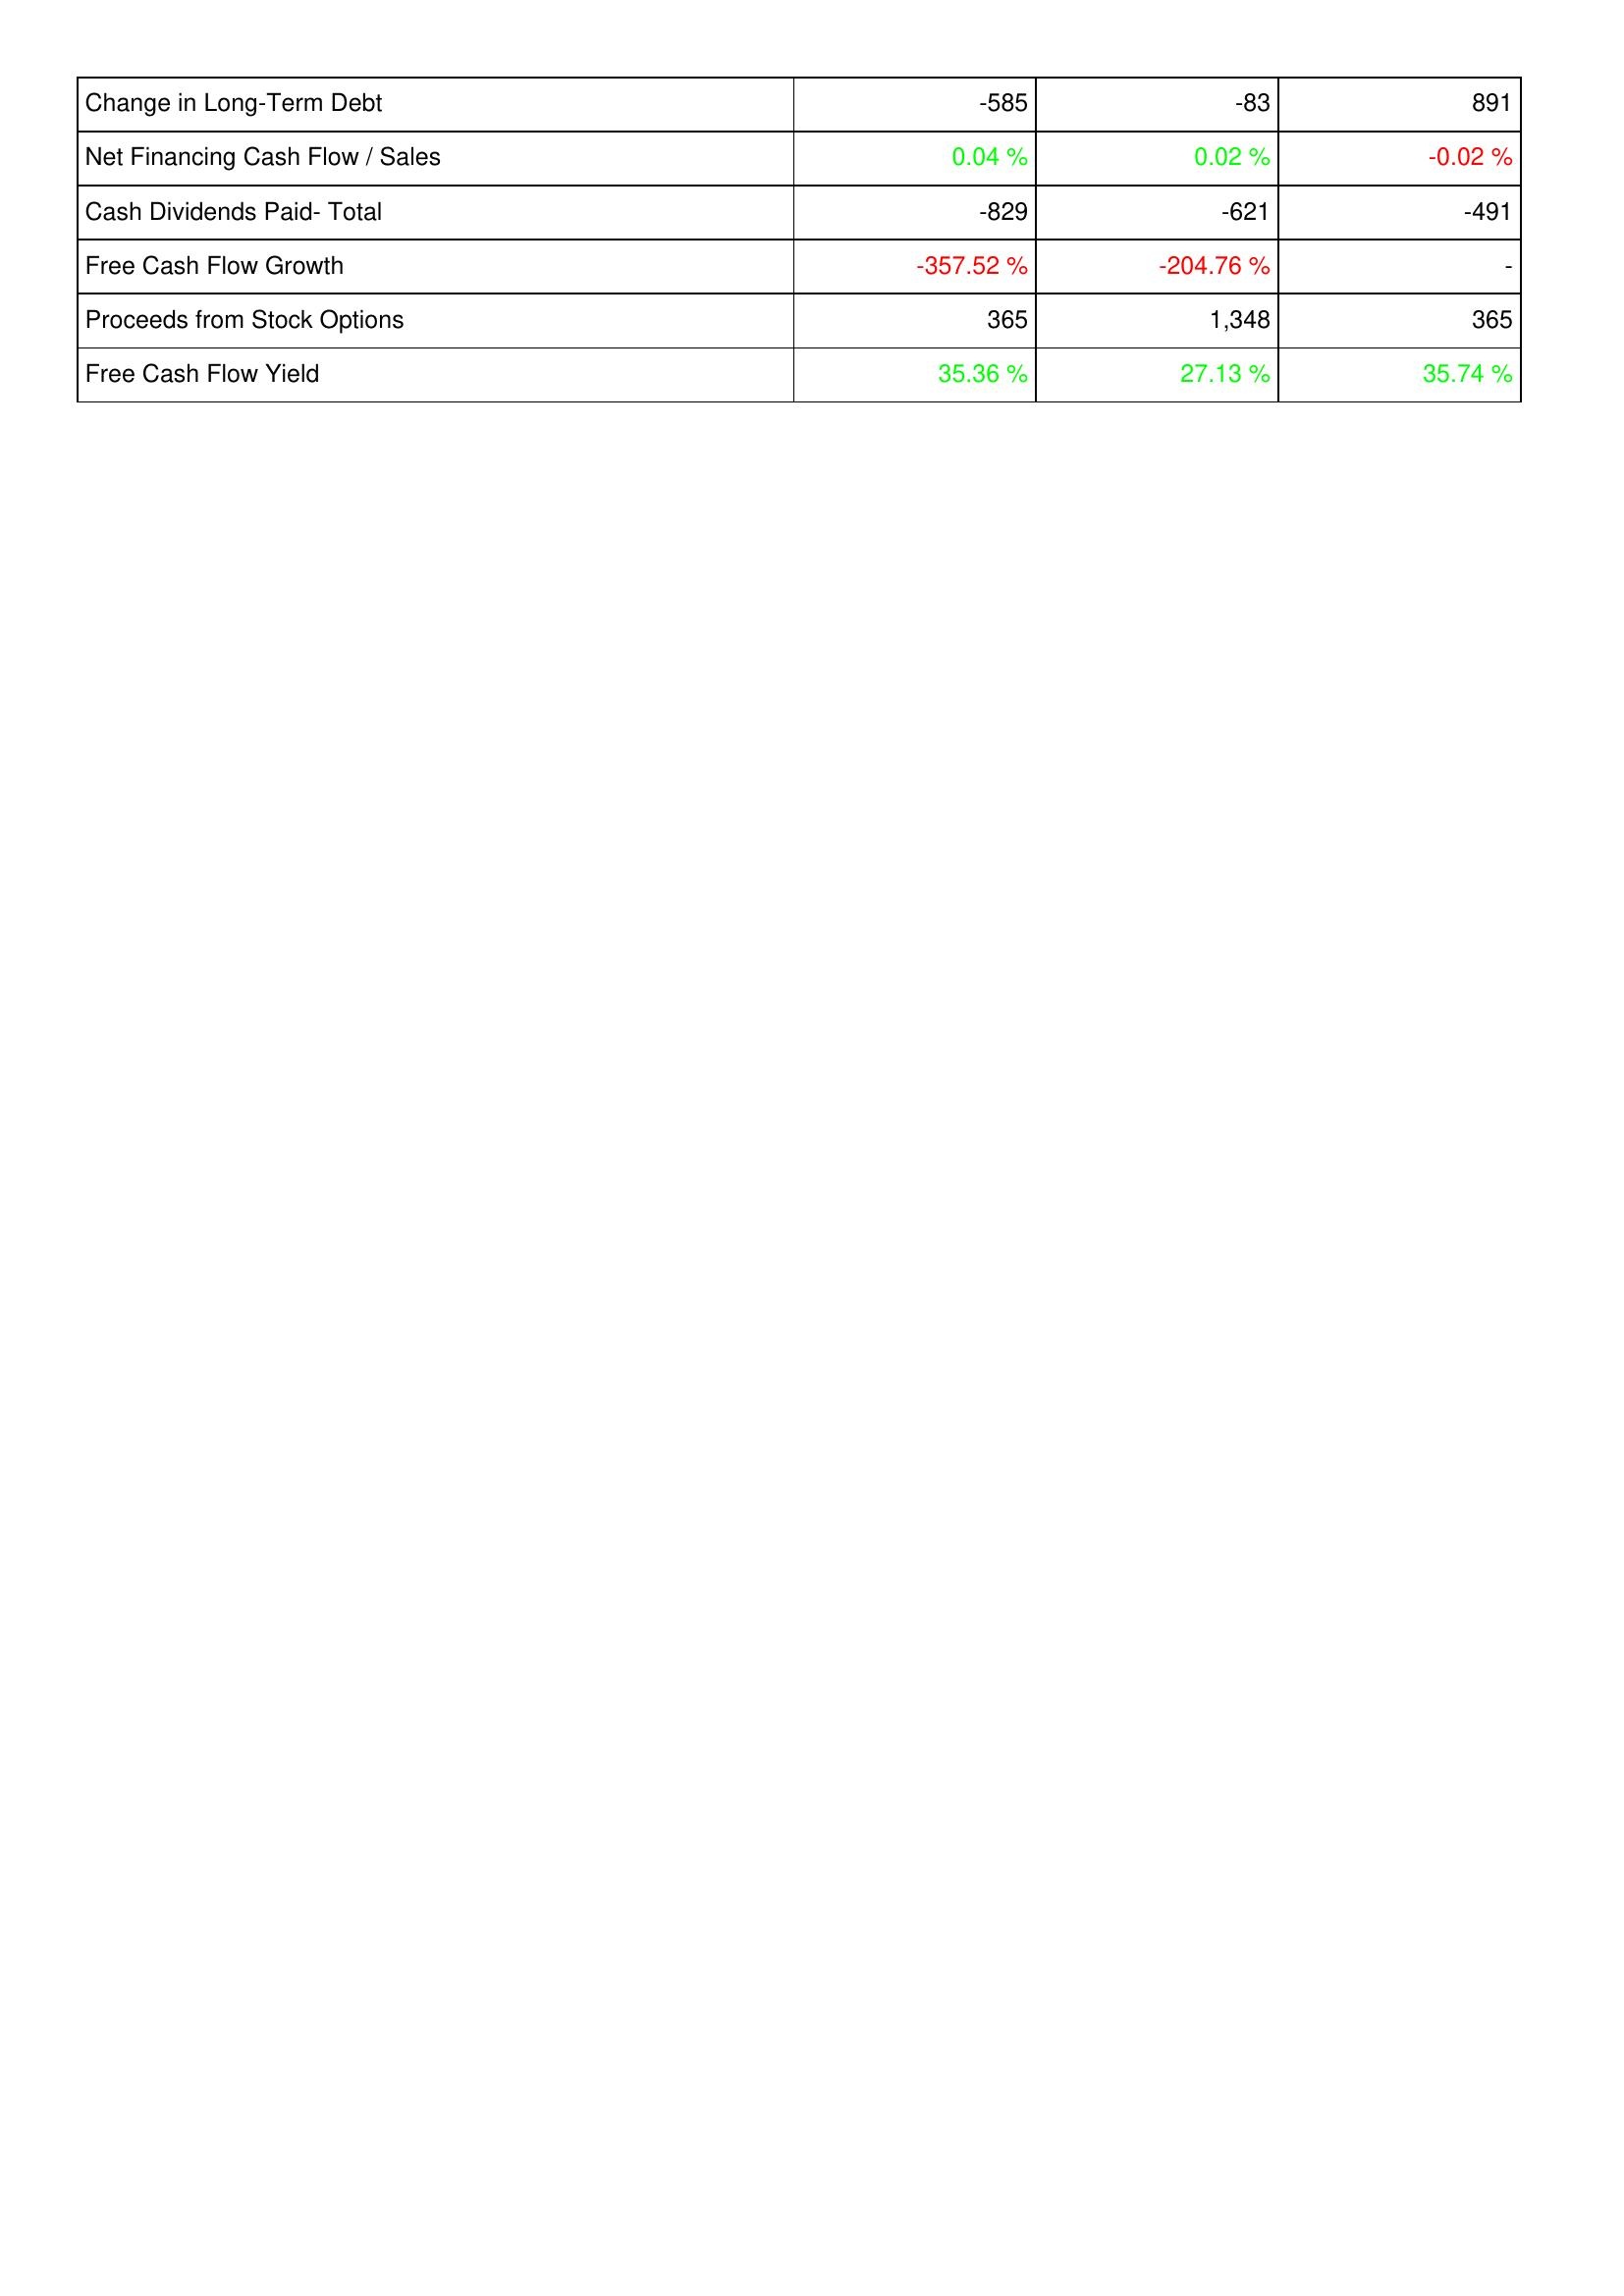
2017: Financing Activities: Change in Long-Term Debt: -585
Net Financing Cash Flow / Sales: 0.04 %
Cash Dividends Paid- Total: -829
Free Cash Flow Growth: -357.52 %
Proceeds from Stock Options: 365
Free Cash Flow Yield: 35.36 %
2018: Financing Activities: Change in Long-Term Debt: -83
Net Financing Cash Flow / Sales: 0.02 %
Cash Dividends Paid- Total: -621
Free Cash Flow Growth: -204.76 %
Proceeds from Stock Options: 1,348
Free Cash Flow Yield: 27.13 %
2019: Financing Activities: Change in Long-Term Debt: 891
Net Financing Cash Flow / Sales: -0.02 %
Cash Dividends Paid- Total: -491
Free Cash Flow Growth: -
Proceeds from Stock Options: 365
Free Cash Flow Yield: 35.74 %